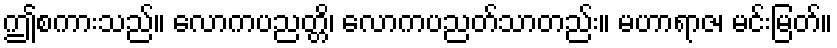
ဤစကားသည်။ လောကပညတ္တိ၊ လောကပညတ်သာတည်း။ မဟာရာဇ၊ မင်းမြတ်။